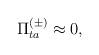
LaTeX: \begin{align*}\Pi_{ta}^{(\pm)}\approx 0, \end{align*}